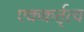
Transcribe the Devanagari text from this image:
एककर्तृत्व